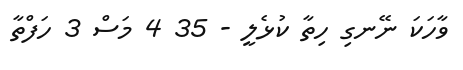
ވާހަކަ ނޭނގި ހިތާ ކުޅެލީ - 35 4 މަސް 3 ހަފްތާ